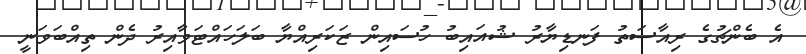
އެ ބެންޗުގެ ރިއާސަތު ފަނޑިޔާރު ޝުއައިބު ހުސައިން ޒަކަރިއްޔާ ބަލަހައްޓަވާއިރު ދެން ތިއްބަވަނީ